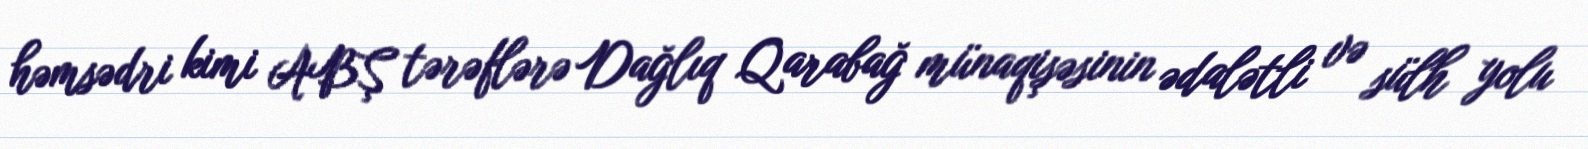
həmsədri kimi ABŞ tərəflərə Dağlıq Qarabağ münaqişəsinin ədalətli və sülh yolu